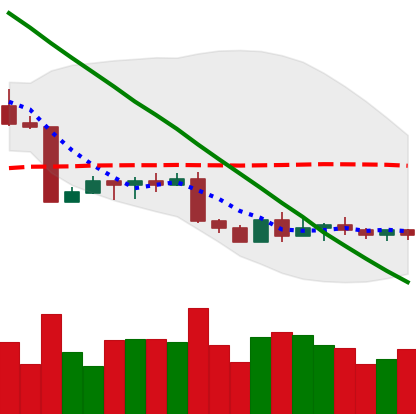
Ticker: BTC-USD
Chart end date: 2022-09-05
Forward return: 9.429%
Label: up_7plus